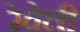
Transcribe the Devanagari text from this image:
रेवेली